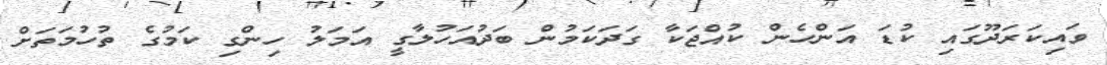
ވައިކަރަދޫގައި ކުޑަ އަންހެން ކުއްޖަކާ ގަދަކަމުން ބަދުއަހުލާގީ އަމަލު ހިންގި ކަމުގެ ތުހުމަތަށް